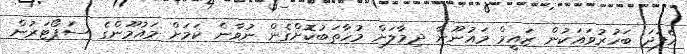
އެފަދަ ބަހުރުވައަކުން ޒައީމް މައުނޫނާ ދިމާލަށް މުހާތަބުކޮށްގެން ނުވާނެ ކަމަށް މައުމޫންގެ ސަޕޯޓަރުން